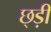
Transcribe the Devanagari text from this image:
छ्ड़ी